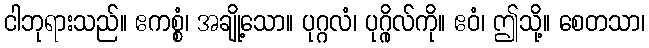
ငါဘုရားသည်။ ဧကစ္စံ၊ အချို့သော။ ပုဂ္ဂလံ၊ ပုဂ္ဂိုလ်ကို။ ဧဝံ၊ ဤသို့။ စေတသာ၊